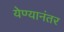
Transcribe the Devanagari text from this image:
येण्यानंतर